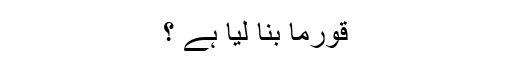
قورما بنا لیا ہے ؟